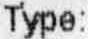
TYPE: